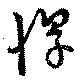
惇